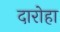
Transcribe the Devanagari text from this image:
दारोहा